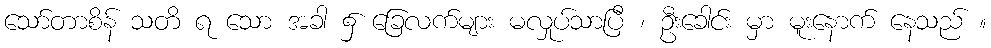
သော်တာစိန် သတိ ရ သော အခါ ၌ ခြေလက်များ မလှုပ်သာပြီ ၊ ဦးခေါင်း မှာ မူးနောက် နေသည် ။